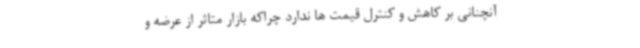
آنچنانی بر کاهش و کنترل قیمت ها ندارد چراکه بازار متاثر از عرضه و